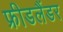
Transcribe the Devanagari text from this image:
फ्रीडलैंडर